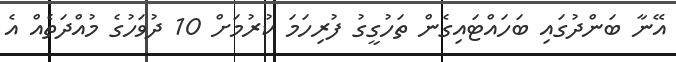
އޭނާ ބަންދުގައި ބަަހައްޓައިގެން ތަހުގީގު ފުރިހަމަ ކުރުމަށް 10 ދުވަހުގެ މުއްދަތެއް އެ